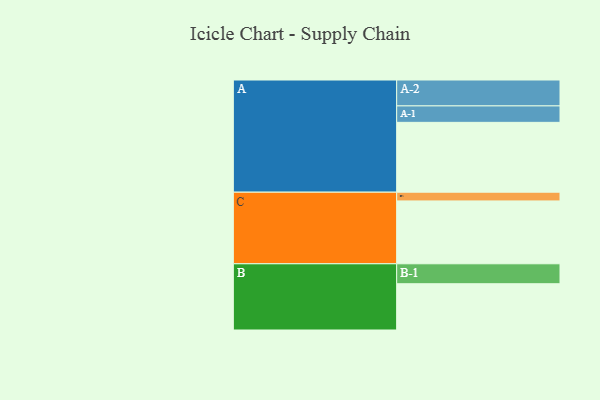
{"axis": {"x": "Segment", "y": "Value"}, "legend": ["", "A", "B", "C"], "data": [{"x": "A", "y": 480, "type": ""}, {"x": "B", "y": 318, "type": ""}, {"x": "C", "y": 432, "type": ""}, {"x": "A-1", "y": 113, "type": "A"}, {"x": "A-2", "y": 178, "type": "A"}, {"x": "B-1", "y": 137, "type": "B"}, {"x": "C-1", "y": 60, "type": "C"}]}